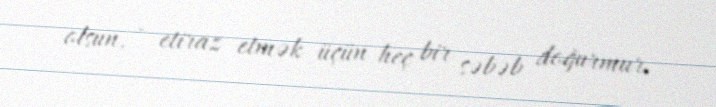
olsun, - etiraz etmək üçün heç bir səbəb doğurmur.